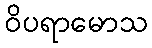
ဝိပရာမောသ